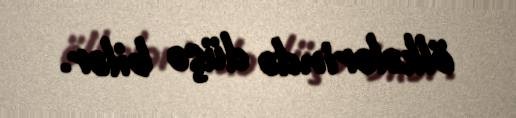
ölkələrində düşə bilər.